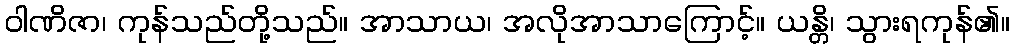
ဝါဏိဇာ၊ ကုန်သည်တို့သည်။ အာသာယ၊ အလိုအာသာကြောင့်။ ယန္တိ၊ သွားရကုန်၏။